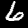
Digit: 6